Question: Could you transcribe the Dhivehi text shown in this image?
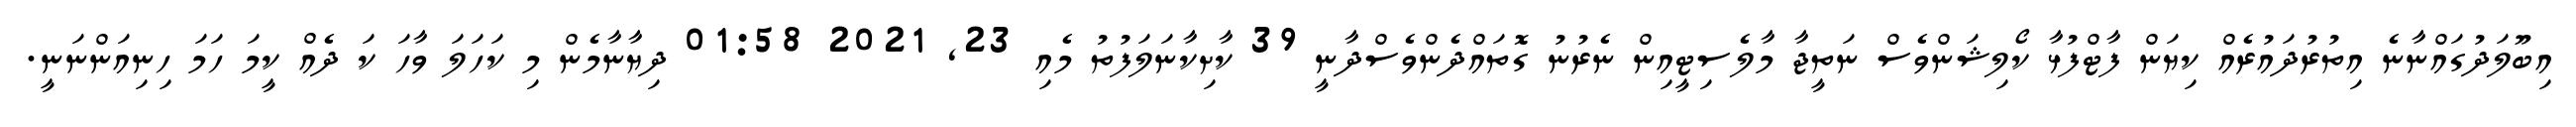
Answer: އިބޫލަދުގައްނާނެ އިތުރުދައުރެއް ކިޔަން ފާޓްފުޅާ ކޯލިޝަންވެސް ނަތީޖާ މާލެސިޓީއިން ނެރުނު ގޮތައްދެންވެސްދާނީ 39 ކާށިކާނަލަފުތު މެއި 23, 2021 01:58 ދިޔާނާމެން މި ކަހަލަ ވާހަ ކަ ދެއް ކީމަ ހަމަ ހިނިއަންނަނީ.